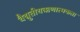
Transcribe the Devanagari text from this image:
वैद्युतीयऋणात्मकता